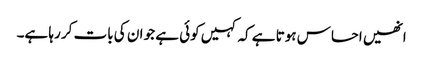
انھیں احساس ہوتا ہے کہ کہیں کوئی ہے جو ان کی بات کر رہا ہے۔